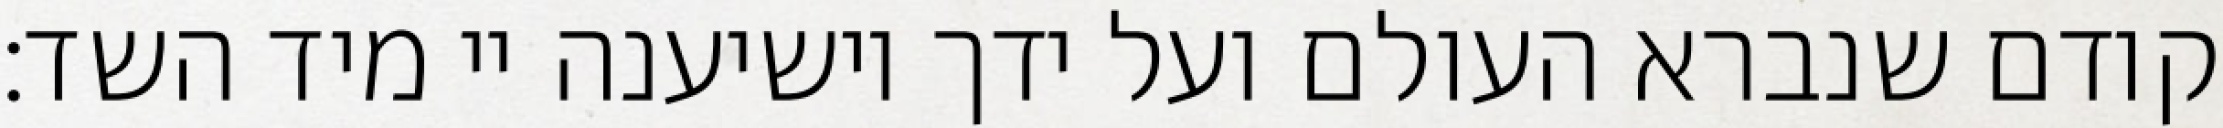
קודם שנברא העולם ועל ידך יושיענה יי מיד השד: